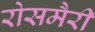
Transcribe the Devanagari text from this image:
रोसमैरी